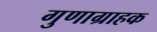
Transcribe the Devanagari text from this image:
गुणाग्राहक